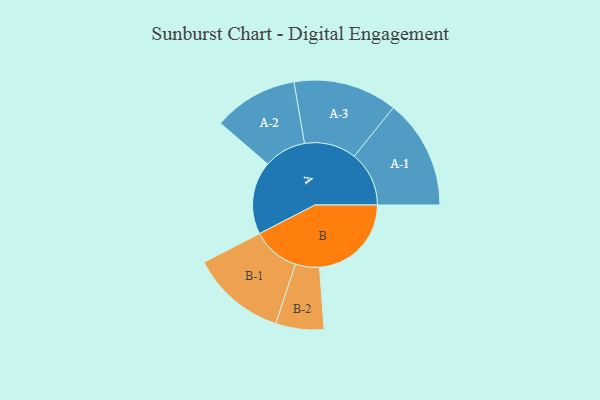
{"axis": {"x": "Segment", "y": "Value"}, "legend": ["", "A", "B"], "data": [{"x": "A", "y": 382, "type": ""}, {"x": "B", "y": 481, "type": ""}, {"x": "A-1", "y": 287, "type": "A"}, {"x": "A-2", "y": 221, "type": "A"}, {"x": "A-3", "y": 272, "type": "A"}, {"x": "B-1", "y": 249, "type": "B"}, {"x": "B-2", "y": 126, "type": "B"}]}